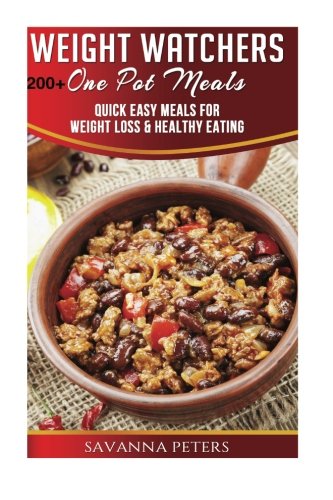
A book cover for Weight Watchers One Pot Cookbook: 200+ One Pot Meals, Quick and Easy Meals For Weight Loss & Healthy Eating: Slow Cooker, Pressure Cooker, Dutch Oven and More; Savanna Peters; Cookbooks, Food & Wine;